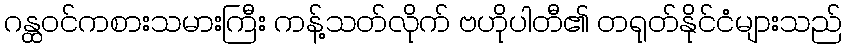
ဂန္ထဝင်ကစားသမားကြီး ကန့်သတ်လိုက် ဗဟိုပါတီ၏ တရုတ်နိုင်ငံများသည်